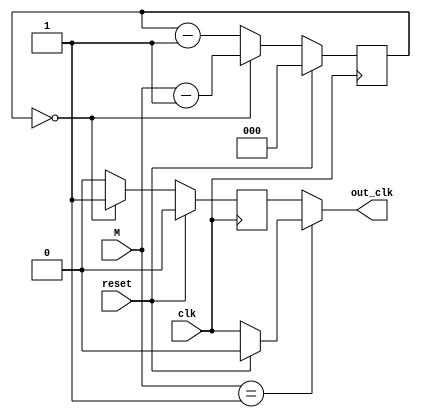
//------------------------------------------------------//
//- Advanced Digital IC Design                          //
//-                                                     //
//- Exercise: Frequency Divider                         //
//------------------------------------------------------//

`timescale 1ns/1ps
module FREQ_DIV(reset, clk, M, out_clk);

input         reset;
input	      clk;
input	[2:0] M;
output reg out_clk;

//Write Your Programmable Counter-based Frequency Divider Here
reg [2:0] p_count;
reg n_clk, sp_clk;

//p_count
always@(posedge clk) begin
    if(reset)
        p_count <= 3'd0;
    else if(p_count == 0)
        p_count <= M - 3'd1;
    else 
        p_count <= p_count - 3'd1;
end

always@(posedge clk) begin
    if(reset) 
        n_clk <= 1'b0;
    else if(p_count == 3'd0)
        n_clk <= 1'b1;
    else
        n_clk <= 1'b0;
end

always@(*) begin
    if(reset) 
        sp_clk = 1'b0;
    else
		sp_clk = clk;
end
    
always@(*) begin
	if(M == 3'd1)	
		out_clk = sp_clk;
	else
		out_clk = n_clk;
end

endmodule